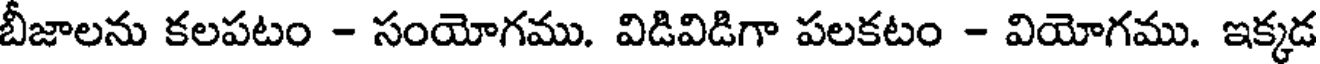
బీజాలను కలపటం - సంయోగము. విడివిడిగా పలకటం - వియోగము. ఇక్కడ